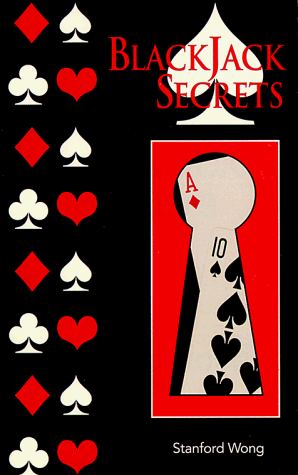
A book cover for Blackjack Secrets; Stanford Wong; Humor & Entertainment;